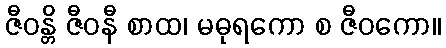
ဇီဝန္တိ ဇီဝနီ စာထ၊ မဓုရကော စ ဇီဝကော။